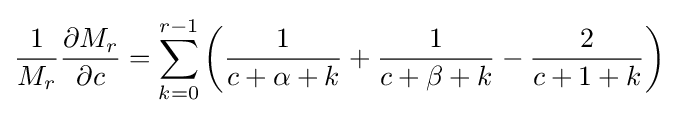
{\frac {1}{M_{r}}}{\frac {\partial M_{r}}{\partial c}}=\sum _{k=0}^{r-1}\left({\frac {1}{c+\alpha +k}}+{\frac {1}{c+\beta +k}}-{\frac {2}{c+1+k}}\right)